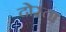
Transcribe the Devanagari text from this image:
दोस्त।